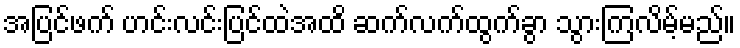
အပြင်ဖက် ဟင်းလင်းပြင်ထဲအထိ ဆက်လက်ထွက်ခွာ သွားကြလိမ့်မည်။